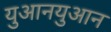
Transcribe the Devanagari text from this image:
युआनयुआन